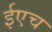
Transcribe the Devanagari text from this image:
ईएच